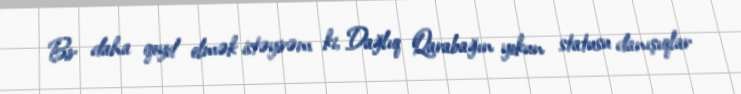
Bir daha qeyd elmək istəyirəm ki, Dağlıq Qarabağın yekun statusu danışıqlar